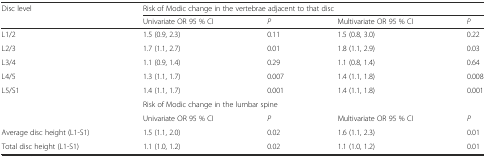
<table><thead><tr><td><b>Disc level</b></td><td colspan="4"><b>Risk of Modic change in the vertebrae adjacent to that disc</b></td></tr><tr><td></td><td><b>Univariate OR 95 % CI</b></td><td><b><i>P</i></b></td><td><b>Multivariate OR 95 % CI</b></td><td><b><i>P</i></b></td></tr></thead><tbody><tr><td>L1/2</td><td>1.5 (0.9, 2.3)</td><td>0.11</td><td>1.5 (0.8, 3.0)</td><td>0.22</td></tr><tr><td>L2/3</td><td>1.7 (1.1, 2.7)</td><td>0.01</td><td>1.8 (1.1, 2.9)</td><td>0.03</td></tr><tr><td>L3/4</td><td>1.1 (0.9, 1.4)</td><td>0.29</td><td>1.1 (0.8, 1.4)</td><td>0.64</td></tr><tr><td>L4/5</td><td>1.3 (1.1, 1.7)</td><td>0.007</td><td>1.4 (1.1, 1.8)</td><td>0.008</td></tr><tr><td>L5/S1</td><td>1.4 (1.1, 1.7)</td><td>0.001</td><td>1.4 (1.1, 1.8)</td><td>0.001</td></tr><tr><td></td><td colspan="4">Risk of Modic change in the lumbar spine</td></tr><tr><td></td><td>Univariate OR 95 % CI</td><td><i>P</i></td><td>Multivariate OR 95 % CI</td><td><i>P</i></td></tr><tr><td>Average disc height (L1-S1)</td><td>1.5 (1.1, 2.0)</td><td>0.02</td><td>1.6 (1.1, 2.3)</td><td>0.01</td></tr><tr><td>Total disc height (L1-S1)</td><td>1.1 (1.0, 1.2)</td><td>0.02</td><td>1.1 (1.0, 1.2)</td><td>0.01</td></tr></tbody></table>